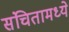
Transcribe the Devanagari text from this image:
संचितामध्ये